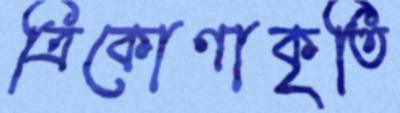
ত্রিকোণাকৃতি